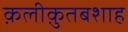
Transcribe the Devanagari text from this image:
क़लीक़ुतबशाह